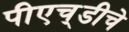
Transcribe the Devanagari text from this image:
पीएच्‌डीचे